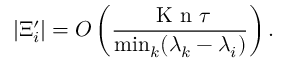
\vert \Xi _ { i } ^ { \prime } \vert = O \left( \frac { \ensuremath { \mathrm { ~ K ~ n ~ } } \tau } { \operatorname* { m i n } _ { k } ( \lambda _ { k } - \lambda _ { i } ) } \right) .